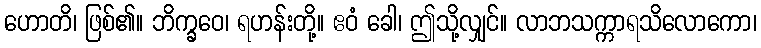
ဟောတိ၊ ဖြစ်၏။ ဘိက္ခဝေ၊ ရဟန်းတို့။ ဧဝံ ခေါ၊ ဤသို့လျှင်။ လာဘသက္ကာရသိလောကော၊